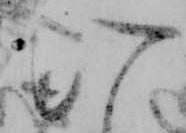
ひ